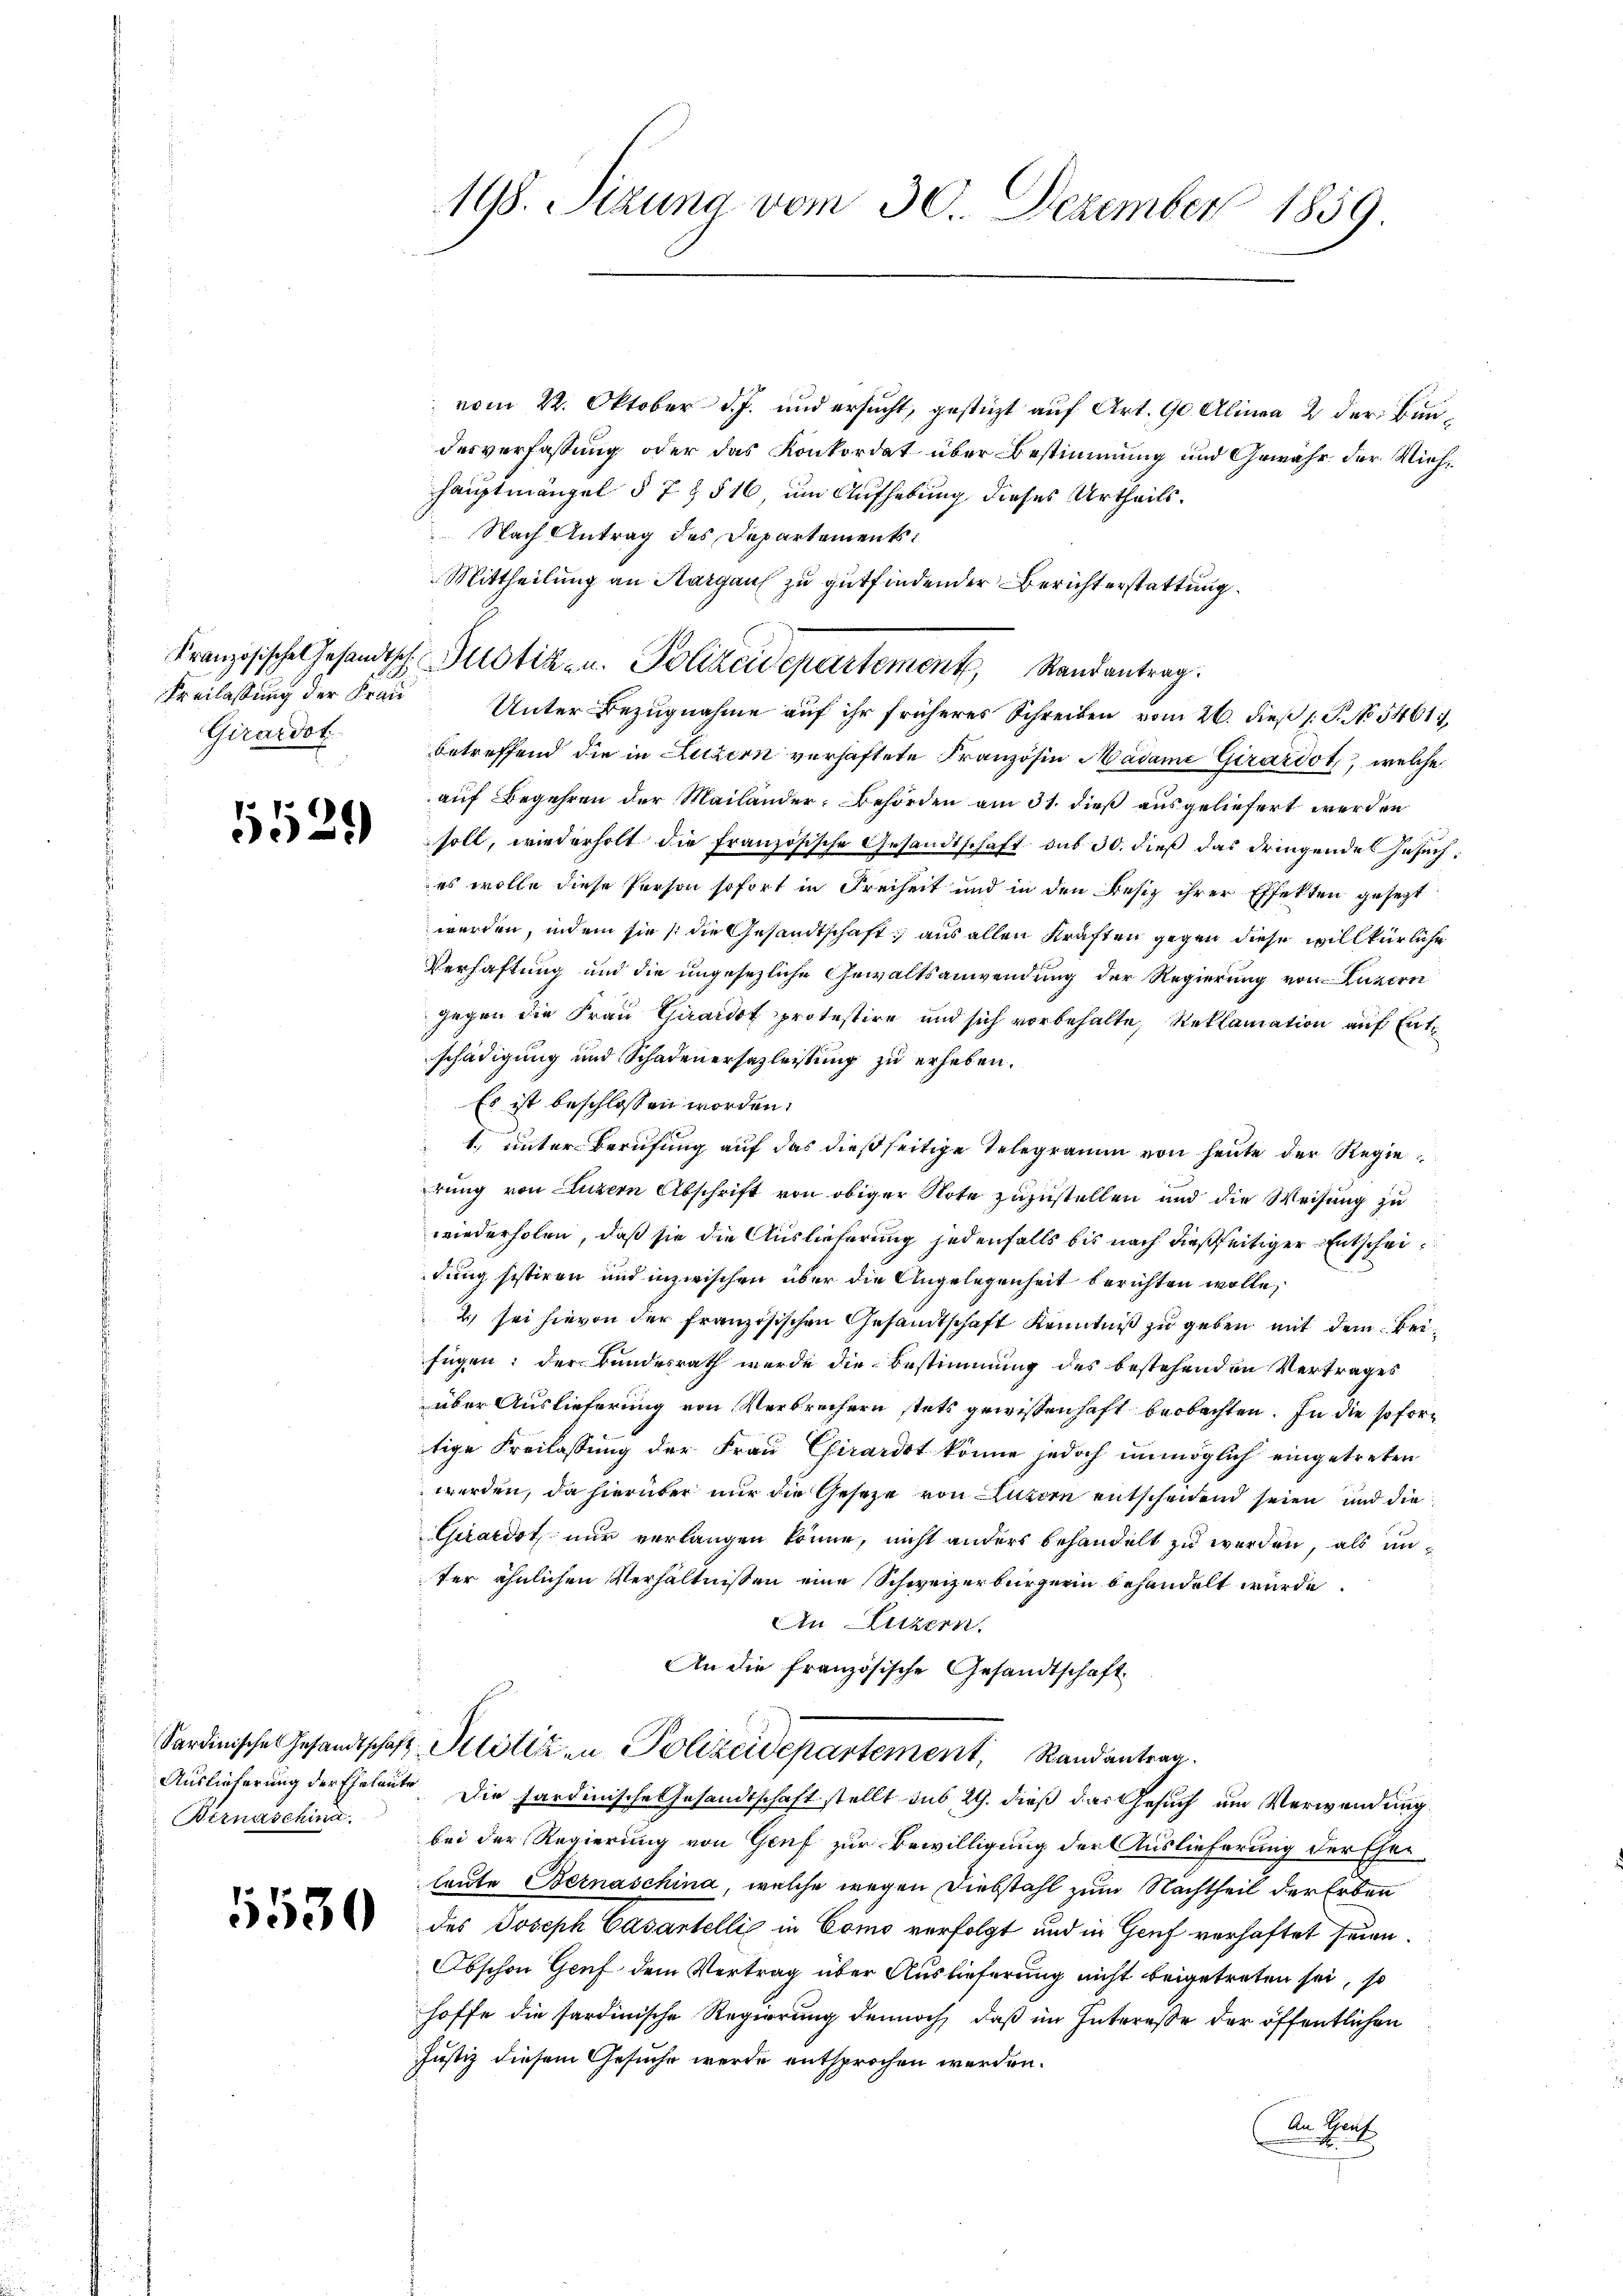
Freilassung der Frau
Girardot

e
5

Weinschind

5530

vom 22. Oktober d. J. und ersucht, gestüzt auf Art. 90 Alinea 2 der Bundesverfassung oder das Konkordat über Bestimmung und Gewähr der Viehhauptmängel § 7 § 516, um Aufhebung dieses Urtheils.
Nach Antrag des Departements:
Mittheilung an Margau zu gutfindender Berichterstattung.
Unter Bezugnahme auf ihr früheres Schreiben vom 26. dieß (: P. No 5461,
betreffend die in Luzern verhaftete Französin Madame Girardot, welche
auf Begehren der Mailänder-Behörden am 31. dieß ausgeliefert werden
soll, wiederholt die Französische Gesandtschaft sub 30. dieß das dringende Gesuches wolle diese Person sofort in Freiheit und in den Besiz ihrer Effekten gesezt
werden, indem sie /: die Gesandtschaft aus allen Kräften gegen diese willkürliche
Verhaftung und die ungesezliche Gewaltsanwendung der Regierung von Luzern
gegen die Frau Girardof protestire und sich vorbehalte, Reklamation auf Entschädigung und Schadenersazleistung zu erheben.
Es ist beschlossen worden.
1. unter Berufung auf das dießseitige Telegramm von heute der Regierung von Luzern Abschrift von obiger Note zuzustellen und die Weisung zu
wiederholen, daß sie die Auslieferung jedenfalls bis nach dießseitiger Entscheidung sistiren und inzwischen über die Angelegenheit berichten wolle,
2) sei hievon der französischen Gesandtschaft Kenntniß zu geben mit dem Beifügen: der Bundesrath werde die Bestimmung des bestehenden Vertrages
aber Auslieferung von Verbrechern stets gewissenhaft beobachten. In die so fortige Freilassung der Frau Chirardot könne jedoch unmöglich eingetreten
werden, da hierüber nur die Gesetze von Luzern entscheidend seien und die
Girardot, nur verlangen könne, nicht anders behandelt zu werden, als unter ähnlichen Verhältnissen eine Schweizerbürgerin behandelt wurde.
An Luzern,
An die französische Gesandtschaft
Sardinischen Gesandtschaft Klötizen Polizeidepartement, Randantrag.
Auslieferung der Eheleute. Die sardinische Gesandtschaft stellt sub 29. dieß das Gesuch um Verwendung
bei der Regierung von Genf zur Bewilligung der Auslieferung der Eher
leute Bernaschina, welche wegen Diebstahl zum Nachtheil der Erben
des Joseph Casantelli in Como verfolgt und in Genf verhaftet seien.
Obschon Genf dem Vertrag über Auslieferung nicht beigetreten sei, so
hoffe die sardinische Regierung dennoch, daß im Intereße der öffentlichen
Justiz diesem Gesuche werde entsprochen werden.
An Genf

198. Sizung vom 30. Dezember 1859

Französische Gesandtsch. Allotik- u. Polizeidepartement, Randantrag.